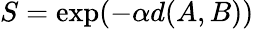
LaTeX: S=\exp(-\alpha{d(A,B)})